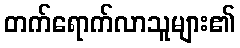
တက်ရောက်လာသူများ၏